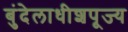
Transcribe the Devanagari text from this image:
बुंदेलाधीशपूज्य